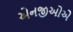
એનજીઓએ